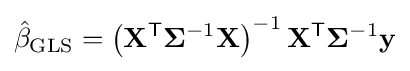
{\hat {\mathbf {\beta } }}_{\text{GLS}}=\left(\mathbf {X} ^{\textsf {T}}\mathbf {\Sigma } ^{-1}\mathbf {X} \right)^{-1}\mathbf {X} ^{\textsf {T}}\mathbf {\Sigma } ^{-1}\mathbf {y}